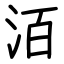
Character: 洦